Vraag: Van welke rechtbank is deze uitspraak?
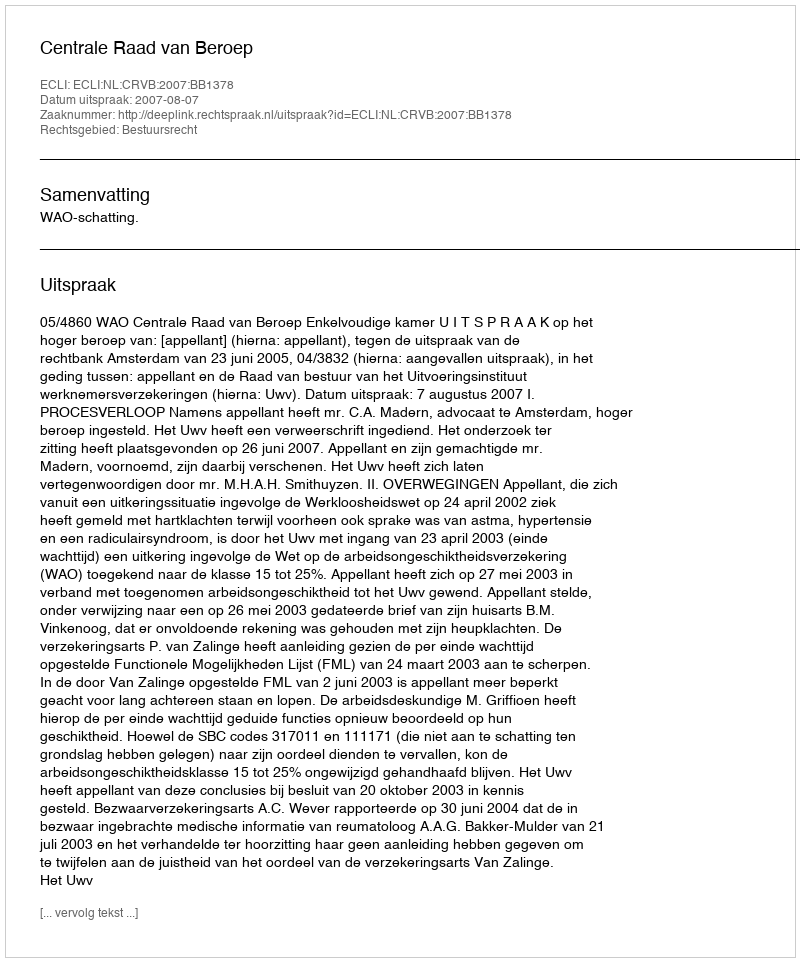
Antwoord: Centrale Raad van Beroep